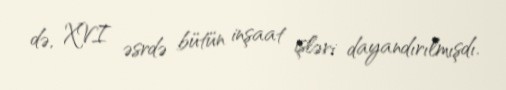
də, XVI əsrdə bütün inşaat işləri dayandırılmışdı.